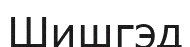
Шишгэд